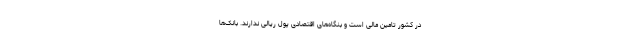
در کشور تامین مالی است و بنگاه‌های اقتصادی پول ریالی ندارند. بانک‌ها